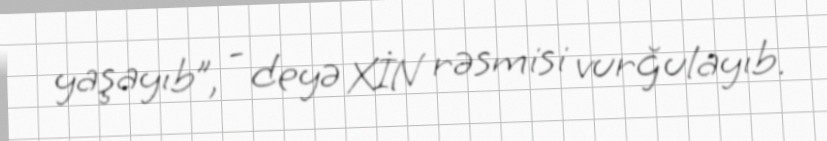
yaşayıb”, - deyə XİN rəsmisi vurğulayıb.